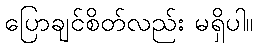
ပြောချင်စိတ်လည်း မရှိပါ။